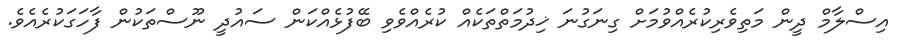
އިސްލާމް ދީން މަތިވެރިކުރެއްވުމަށް ގިނަގުނަ ޚިދުމަތްތަކެއް ކުރެއްވެވި ބޭފުޅެއްކަން ސައުދީ ނޫސްތަކުން ފާހަގަކުރެއެވެ.